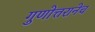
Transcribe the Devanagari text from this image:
गुणोत्तरानेच